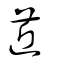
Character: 菦